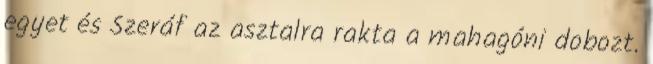
egyet és Szeráf az asztalra rakta a mahagóni dobozt.